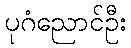
ပုဂံညောင်ဦး